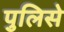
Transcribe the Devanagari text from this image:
पुलिसे